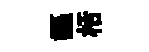
謳栝